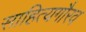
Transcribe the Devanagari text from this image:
साहित्यगौरव